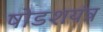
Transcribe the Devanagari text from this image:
षोडशयंत्र